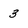
Character: 3